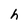
Character: h